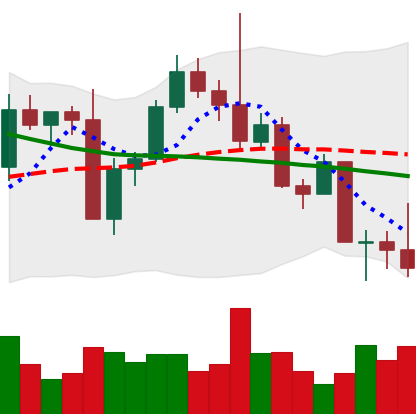
Ticker: LTC-USD
Chart end date: 2022-09-21
Forward return: 4.286%
Label: up_3_5